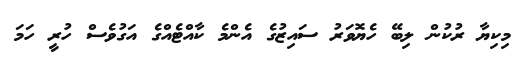
މިކިޔާ ރުކުން ލިބޭ ހެޔޮވަރު ސައިޒުގެ އެންމެ ކާއްޓެއްގެ އަގުވެސް ހުރީ ހަމަ